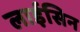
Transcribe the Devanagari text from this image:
लाईसिन